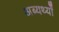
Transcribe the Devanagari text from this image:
अब्यर्थ्यों